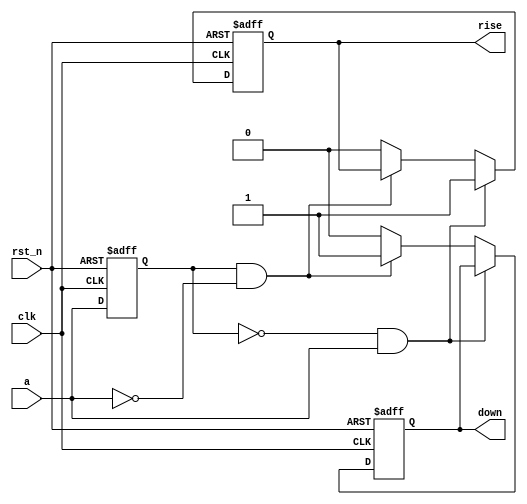
module edge_detect (
  input clk,
  input rst_n,
  input a,
  output reg rise,
  output reg down
);

  reg a_prev;

  always @(posedge clk or negedge rst_n) begin
    if (~rst_n) begin
      rise <= 1'b0;
      down <= 1'b0;
      a_prev <= 1'b0;
    end else begin
      if (a_prev == 1'b0 && a == 1'b1) begin
        rise <= 1'b1;
      end else if (a_prev == 1'b1 && a == 1'b0) begin
        down <= 1'b1;
      end else begin
        rise <= 1'b0;
        down <= 1'b0;
      end
      a_prev <= a;
    end
  end

endmodule